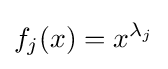
f_{j}(x)=x^{\lambda _{j}}